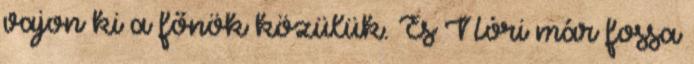
vajon ki a főnök közülük. És Nóri már fossa